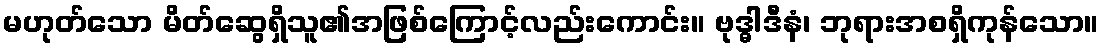
မဟုတ်သော မိတ်ဆွေရှိသူ၏အဖြစ်ကြောင့်လည်းကောင်း။ ဗုဒ္ဓါဒီနံ၊ ဘုရားအစရှိကုန်သော။